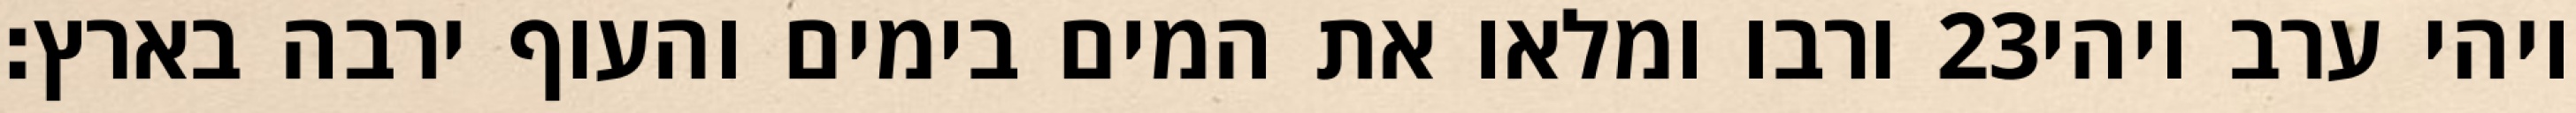
ורבו ומלאו את המים בימים והעוף ירבה בארץ׃ ‎23‏ ויהי ערב ויהי